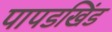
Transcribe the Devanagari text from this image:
पापडखिंड